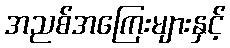
အညစ်အကြေးများနှင့်